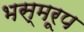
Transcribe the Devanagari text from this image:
भस्मरूप